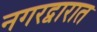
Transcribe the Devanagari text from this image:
नगरद्वारात